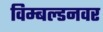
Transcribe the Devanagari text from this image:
विम्बल्डनवर